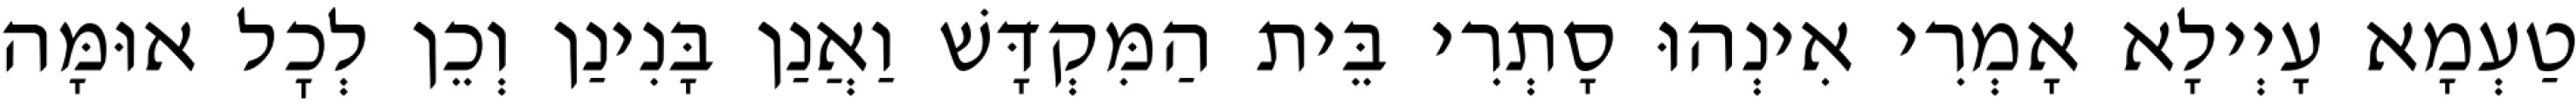
טַעְמָא עָיְילָא אָמְרִי אִינְהוּ סָתְרִי בֵּית הַמִּקְדָּשׁ וַאֲנַן בָּנִינַן וְכֵן לְכׇל אוּמָּה